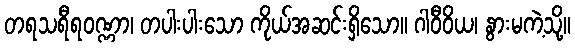
တရသရီရဝဏ္ဏာ၊ တပါးပါးသော ကိုယ်အဆင်းရှိသော။ ဂါဝီဝိယ၊ နွားမကဲ့သို့။